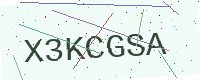
Text: X3KCGSA